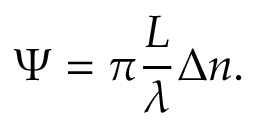
\Psi = \pi \frac { L } { \lambda } \Delta n .